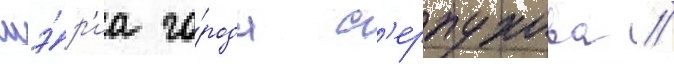
мэ́р'иа го́рода с'ерпухова //